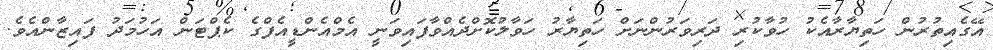
އޭގެއިތުރުން ހަތިޔާރާއެކު ހުވާކުރި ދަރިވަރުންނަށް ހަތިޔާރު ހަވާލުކޮށްދެއްވާފައިވަނީ އެމްއެންޑީއެފްގެ ކެޕްޓަން އަހުމަދު ފައިޒާންއެވެ.